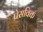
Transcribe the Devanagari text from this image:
प्रेसविक